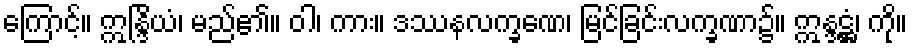
ကြောင့်။ ဣန္ဒြိယံ၊ မည်၏။ ဝါ၊ ကား။ ဒဿနလက္ခဏေ၊ မြင်ခြင်းလက္ခဏာ၌။ ဣန္ဒဋ္ဌံ၊ ကို။